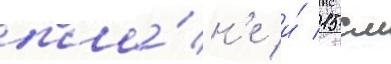
пла́н'е и́ 15 см